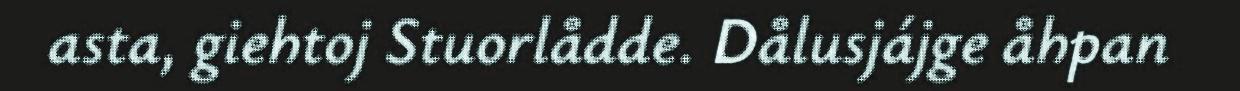
asta, giehtoj Stuorlådde. Dålusjájge åhpan